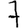
Digit: 7